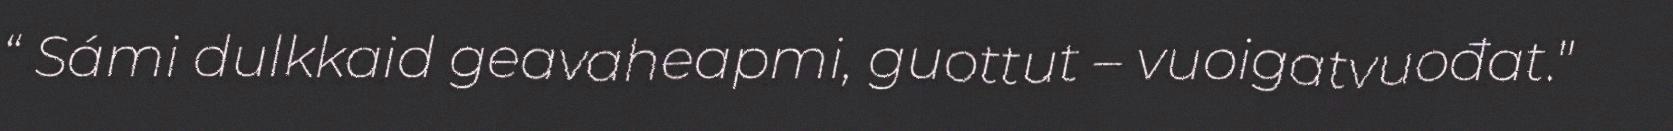
“ Sámi dulkkaid geavaheapmi, guottut – vuoigatvuođat."